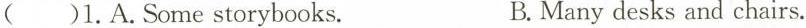
( )1.A.Some storybooks. B.Many desks and chairs.